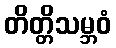
တိတ္တိသမ္ဘဝံ